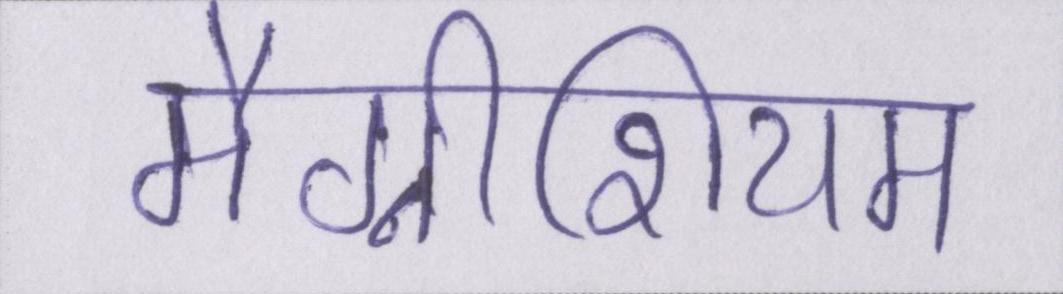
मैग्नीशियम